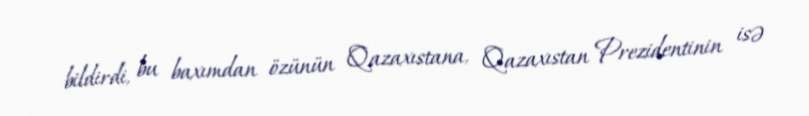
bildirdi, bu baxımdan özünün Qazaxıstana, Qazaxıstan Prezidentinin isə